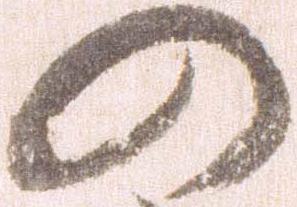
の